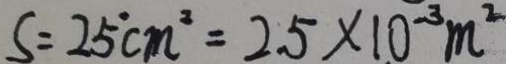
S = 2 5 c m ^ { 2 } = 2 5 \times 1 0 ^ { - 3 } m ^ { 2 }